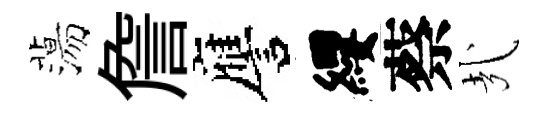
蕩詹譍纓蔡㢤